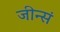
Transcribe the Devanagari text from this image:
जीन्सं